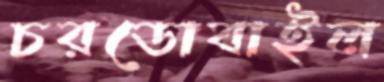
চরডোবাইল